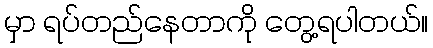
မှာ ရပ်တည်နေတာကို တွေ့ရပါတယ်။